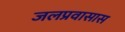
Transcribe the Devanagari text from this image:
जलप्रवासास